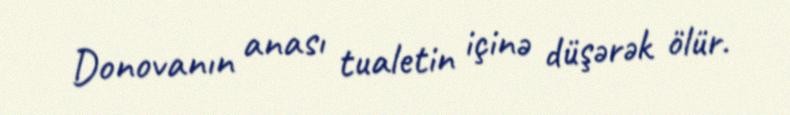
Donovanın anası tualetin içinə düşərək ölür.